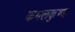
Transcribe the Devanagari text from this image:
कमलकुण्ड